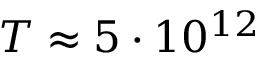
T \approx 5 \cdot 1 0 ^ { 1 2 }